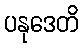
ပနုဒေတိ